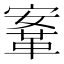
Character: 鞌